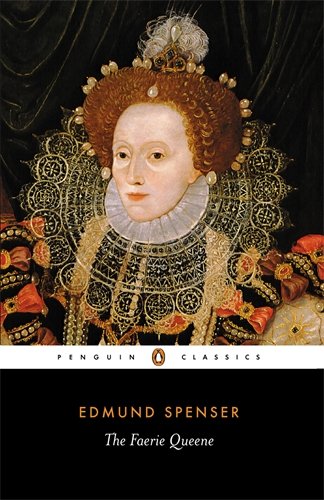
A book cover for The Faerie Queene; Edmund Spenser; Literature & Fiction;